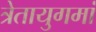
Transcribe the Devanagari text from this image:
त्रेतायुगमां